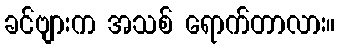
ခင်ဗျားက အသစ် ရောက်တာလား။